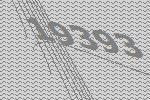
19393